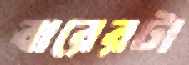
বারেরটা